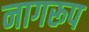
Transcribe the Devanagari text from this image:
नागरूप